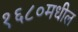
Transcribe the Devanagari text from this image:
१६८०मधील